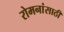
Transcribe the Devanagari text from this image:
रोमनांसाठी